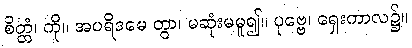
စိတ္တံ၊ ကို။ အပရိဒမေ တွာ၊ မဆုံးမမူ၍။ ပုဗ္ဗေ၊ ရှေးကာလ၌။